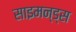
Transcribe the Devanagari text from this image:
साइमन्ड्स